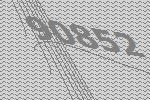
90852